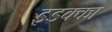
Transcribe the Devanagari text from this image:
इडक्‍का